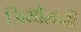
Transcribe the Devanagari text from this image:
जियोरानी